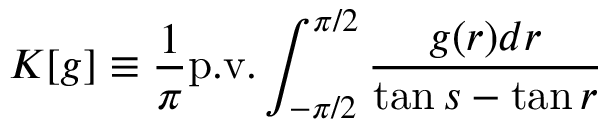
K [ g ] \equiv \frac { 1 } { \pi } \mathrm { p . v . } \int _ { - \pi / 2 } ^ { \pi / 2 } \frac { g ( r ) d r } { \tan s - \tan r }